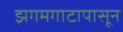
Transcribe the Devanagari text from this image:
झगमगाटापासून